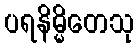
ပရနိမ္မိတေသု